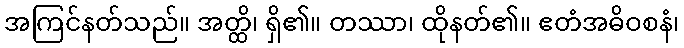
အကြင်နတ်သည်။ အတ္ထိ၊ ရှိ၏။ တဿာ၊ ထိုနတ်၏။ ဧတံအဓိဝစနံ၊